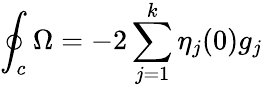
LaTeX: \oint_{c}\Omega=-2\sum_{j=1}^{k}\eta_{j}(0)g_{j}